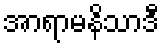
အာရာမနိသာဒီ